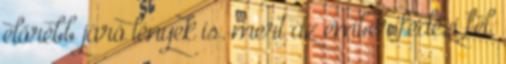
előrébb járó lények is. mert az ember fedezi fel,